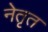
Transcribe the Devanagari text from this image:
नेतृत